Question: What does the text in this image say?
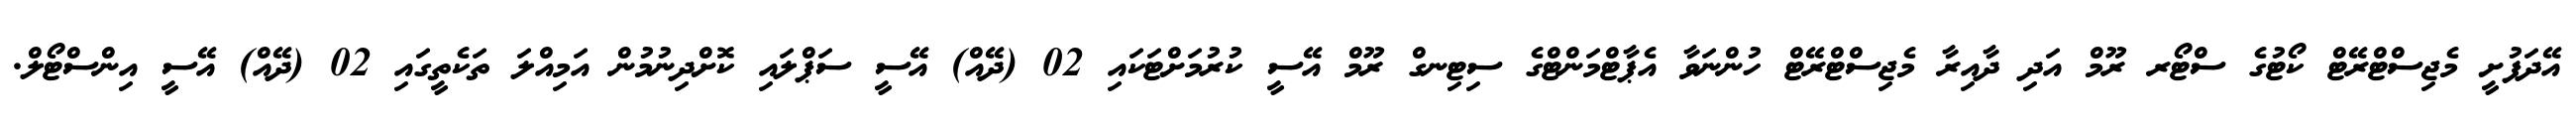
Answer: އޭދަފުށީ މެޖިސްޓްރޭޓް ކޯޓުގެ ސްޓޯރ ރޫމް އަދި ދާއިރާ މެޖިސްޓްރޭޓް ހުންނަވާ އެޕާޓްމަންޓްގެ ސިޓިނގް ރޫމް އޭސީ ކުރުމަށްޓަކައި 02 (ދޭއް) އޭސީ ސަޕްލައި ކޮށްދިނުމުން އަމިއްލަ ތަކެތީގައި 02 (ދޭއް) އޭސީ އިންސްޓޯލް.